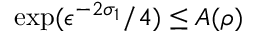
\exp ( \epsilon ^ { - 2 \sigma _ { 1 } } / 4 ) \le A ( \rho )